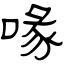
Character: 喙